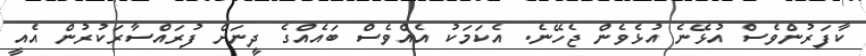
ކާފަރުންވެސް އުޅޭނެ އުޅެވެން ޖެހޭނެ. އެކަމަކު އެއްވެސް ބައެއްގެ ދީނަށް ފުރައްސާރަކުރުން އެއީ